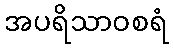
အပရိသာဝစရံ